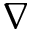
\nabla